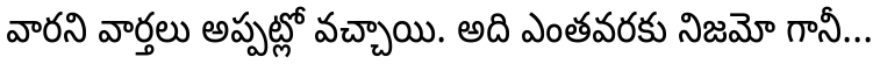
వారని వార్తలు అప్పట్లో వచ్చాయి. అది ఎంతవరకు నిజమో గానీ...